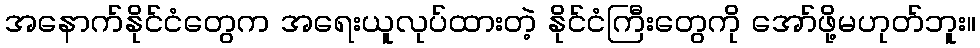
အနောက်နိုင်ငံတွေက အရေးယူလုပ်ထားတဲ့ နိုင်ငံကြီးတွေကို အော်ဖို့မဟုတ်ဘူး။